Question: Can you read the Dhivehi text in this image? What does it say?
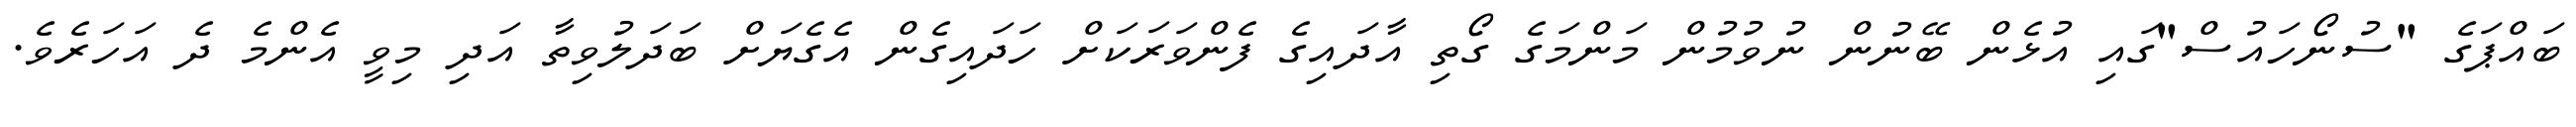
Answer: ބައްޕަގެ "ސުނޯހައުސް"ގައި އުޅެން ބޭނުން ނުވުމުން މަންމަގެ ގޯތި އާދައިގެ ފެންވަރަކަށް ހަދައިގެން އެގެޔަށް ބަދަލުވިތާ އަދި މިވީ އެންމެ ދެ އަހަރެވެ.